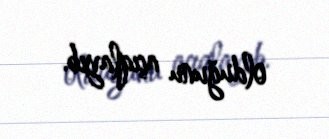
olduğunu açıqlayıb.